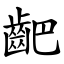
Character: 䶕